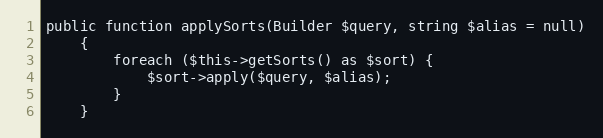
Language: PHP
public function applySorts(Builder $query, string $alias = null)
    {
        foreach ($this->getSorts() as $sort) {
            $sort->apply($query, $alias);
        }
    }